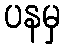
ပနမှ